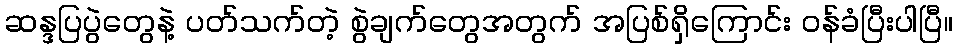
ဆန္ဒပြပွဲတွေနဲ့ ပတ်သက်တဲ့ စွဲချက်တွေအတွက် အပြစ်ရှိကြောင်း ဝန်ခံပြီးပါပြီ။